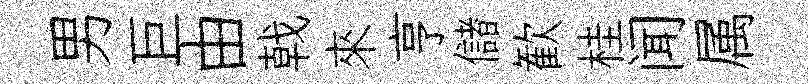
男巨由戟來亨儲歓桂闻属